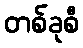
တစ်ခုစီ